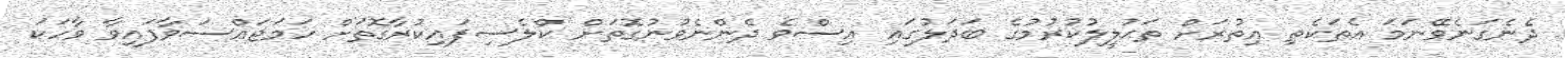
ދެނެގަނެވޭނަމަ އެތަކެތި އިތުރަށް ތަޙުލީލުކުރުމުގެ ބަދަލުގައި އިސްވެ ދެންނެވުނުގޮތަށް ކްލެސިފައިކުރާގޮތަށް ހަމަޖައްސަވާފައިވާ ވާހަކަ